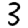
Digit: 3